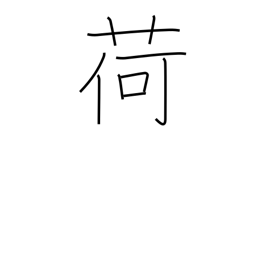
Meaning: baggage